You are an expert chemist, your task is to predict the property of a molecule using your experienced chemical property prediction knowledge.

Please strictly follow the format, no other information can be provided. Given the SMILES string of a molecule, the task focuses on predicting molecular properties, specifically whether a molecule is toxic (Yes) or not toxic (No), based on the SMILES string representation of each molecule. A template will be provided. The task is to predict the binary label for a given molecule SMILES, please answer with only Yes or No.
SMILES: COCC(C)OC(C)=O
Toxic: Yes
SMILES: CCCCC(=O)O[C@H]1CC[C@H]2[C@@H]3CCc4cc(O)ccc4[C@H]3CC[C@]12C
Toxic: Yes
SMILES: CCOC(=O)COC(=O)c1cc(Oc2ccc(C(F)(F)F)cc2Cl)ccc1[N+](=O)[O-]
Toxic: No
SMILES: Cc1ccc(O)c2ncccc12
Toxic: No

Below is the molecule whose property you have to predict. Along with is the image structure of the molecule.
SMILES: C1=COCCC1
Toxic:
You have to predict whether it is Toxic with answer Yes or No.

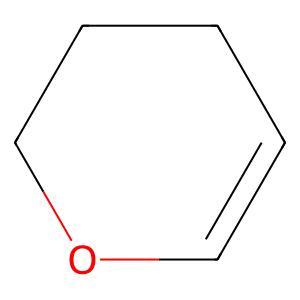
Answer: No